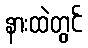
နားထဲတွင်